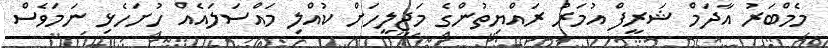
މެމްބަރު އާދަމް ޝަރީފް އުމަރު ރައްޔިތުންގެ މަޖިލީހަށް ކުއްލި މައްސަލައެއް ހުށަހެޅި ނަމަވެސް